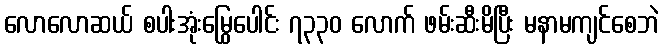
လောလောဆယ် စပါးအုံးမြွေပေါင်း ၇၃၃၀ လောက် ဖမ်းဆီးမိပြီး မနာမကျင်စေဘဲ